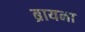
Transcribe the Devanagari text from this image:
ब्रायना